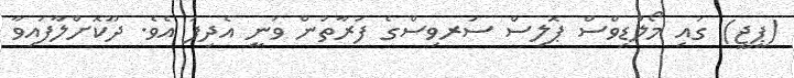
(ޕީޖީ) ގައި މޯލްޑިވްސް ޕޮލިސް ސަރވިސްގެ ފަރާތުން ވަނީ އެދިފަ އެވެ. ދޫކޮށްލާފައިވާ